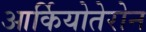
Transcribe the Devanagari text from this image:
आर्कियोतेरोन